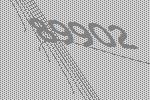
89902